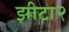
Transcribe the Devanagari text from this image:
झीटा२